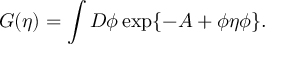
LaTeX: G ( \eta ) = \int D \phi \exp \{ - A + \phi \eta \phi \} .